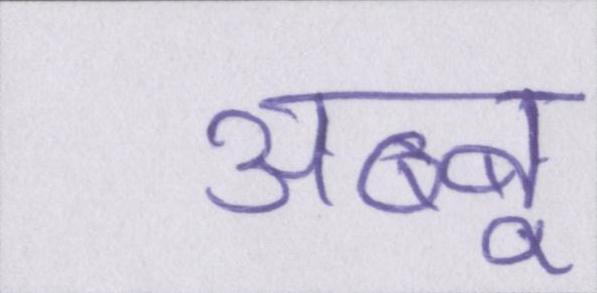
अब्बू